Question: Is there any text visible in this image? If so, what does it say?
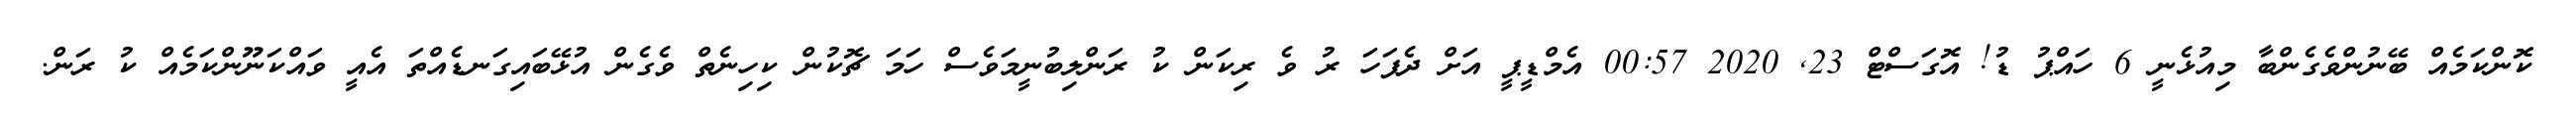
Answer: ކޮންކަމެއް ބޭނުންވެގެންބާ މިއުޅެނީ 6 ހައްޕު ޑު! އޮގަސްޓް 23, 2020 00:57 އެމްޑީޕީ އަށް ދެފަހަ ރު ވެ ރިކަން ކު ރަންލިބުނީމަވެސް ހަމަ ޗޮކުން ކިހިނެތް ވެގެން އުޅޭބައިގަނޑެއްތަ އެއީ ވައްކަނޫންކަމެއް ކު ރަން.